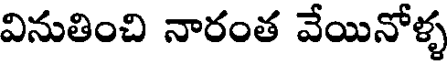
వినుతించి నారంత వేయినోళ్ళ